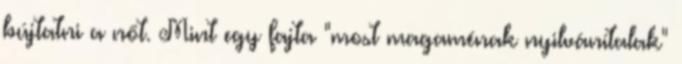
bújtatni a nőt. Mint egy fajta "most magaménak nyilvánítalak"